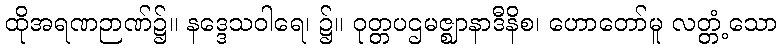
ထိုအရဏဉာဏ်၌။ နဒ္ဒေသဝါရေ၊ ၌။ ဝုတ္တပဌမဇ္ဈာနာဒီနိစ၊ ဟောတော်မူ လတ္တံ့သော